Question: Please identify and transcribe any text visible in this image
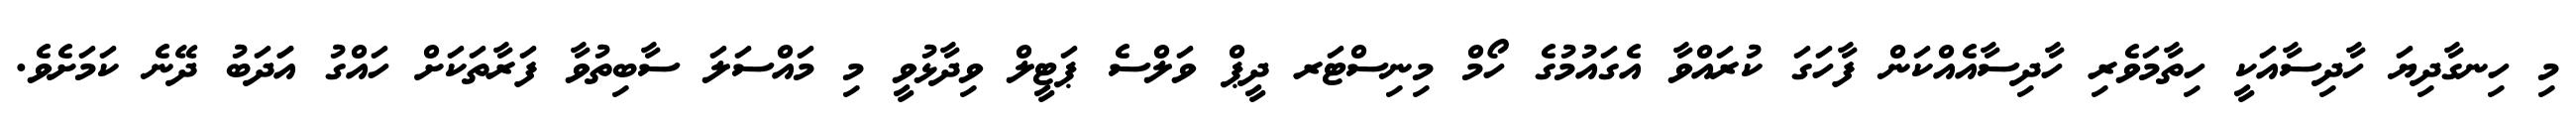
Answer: މި ހިނގާދިޔަ ހާދިސާއަކީ ހިތާމަވެރި ހާދިސާއެއްކަން ފާހަގަ ކުރައްވާ އެގައުމުގެ ހޯމް މިނިސްޓަރ ދީޕް ވަލްސެ ޕަޓީލް ވިދާޅުވީ މި މައްސަލަ ސާބިތުވާ ފަރާތަކަށް ހައްގު އަަދަބު ދޭނެ ކަމަށެވެ.